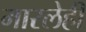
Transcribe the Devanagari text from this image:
मारलेही